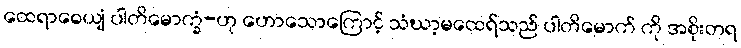
ထေရာဓေယျံ ပါတိမောက္ခံ-ဟု ဟောသောကြောင့် သံဃာ့မထေရ်သည် ပါတိမောက် ကို အစိုးတရ